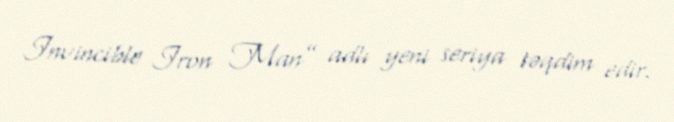
Invincible Iron Man” adlı yeni seriya təqdim edir.